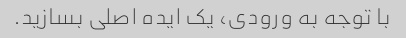
با توجه به ورودی، یک ایده اصلی بسازید.